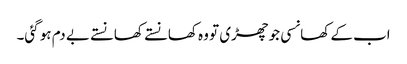
اب کے کھانسی جو چھڑی تو وہ کھانستے کھانستے بے دم ہو گئی۔